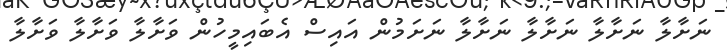
ނަށާލާ ނަށާލާ ނަށާލާ ނަށާލާ ނަށަމުން އައިސް އެބައިމީހުން ވަށާލާ ވަށާލާ ވަށާލާ